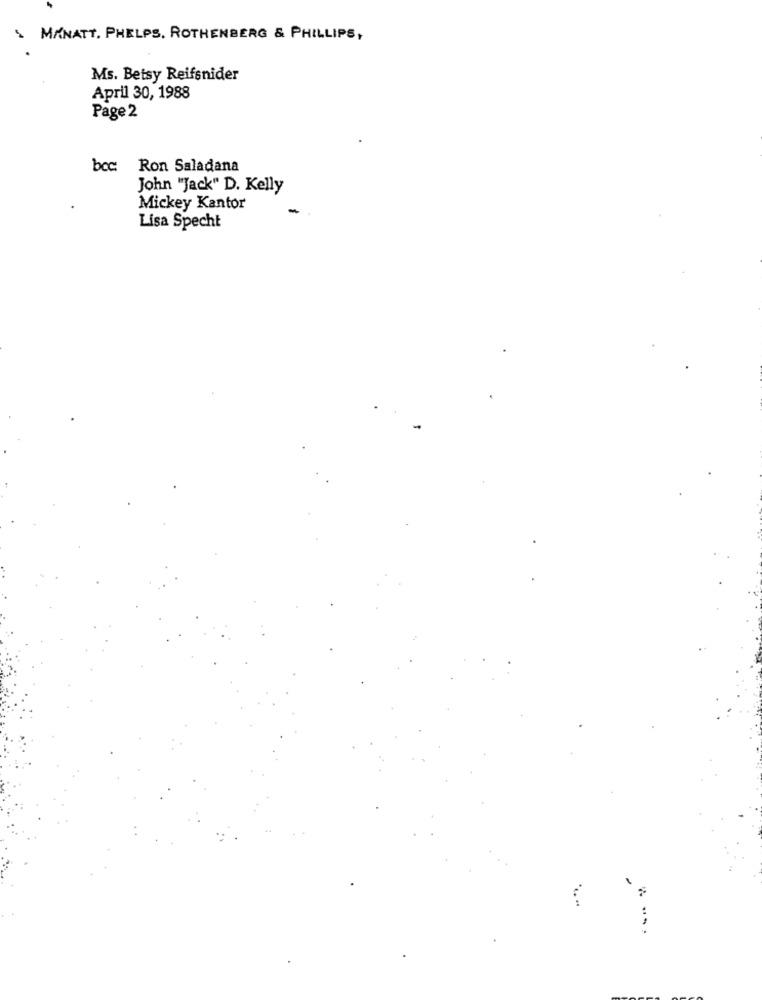
S
MANATT, PHELPS. ROTHENBERG & PHILLIPS,
Ms. Betsy Reifsnider
April 30, 1988
Page 2
bcc Ron Saladana
John "Jack" D. Kelly
Mickey Kantor
Lisa Specht
...